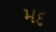
મદ